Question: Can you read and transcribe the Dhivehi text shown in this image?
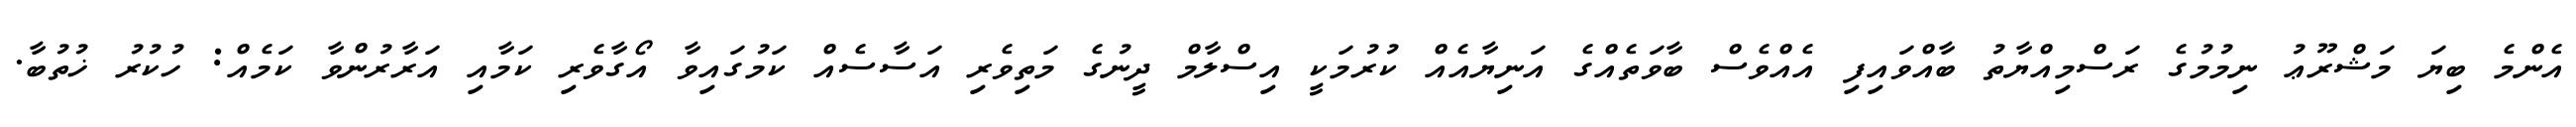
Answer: އެންމެ ބިޔަ މަޝްރޫޢު ނިމުމުގެ ރަސްމިއްޔާތު ބާއްވައިފި އެއްވެސް ބާވަތެއްގެ އަނިޔާއެއް ކުރުމަކީ އިސްލާމް ދީނުގެ މަތިވެރި އަސާސެއް ކަމުގައިވާ އޯގާވެރި ކަމާއި އަރާރުންވާ ކަމެއް: ހުކުރު ޚުތުބާ.